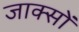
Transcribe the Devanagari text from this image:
जाक्सों